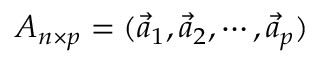
A _ { n \times p } = ( \vec { a } _ { 1 } , \vec { a } _ { 2 } , \cdots , \vec { a } _ { p } )